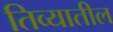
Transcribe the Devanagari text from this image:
तिव्यातील